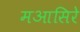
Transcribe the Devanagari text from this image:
मआसिरे